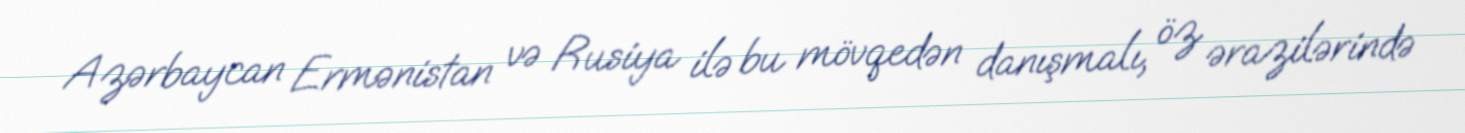
Azərbaycan Ermənistan və Rusiya ilə bu mövqedən danışmalı, öz ərazilərində